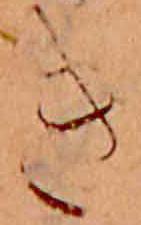
き